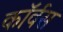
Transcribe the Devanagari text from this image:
कॉर्वस